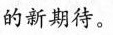
的新期待。